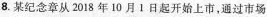
8.某纪念章从2018年10月1日起开始上市，通过市场